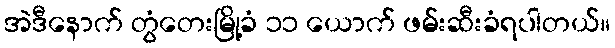
အဲဒီနောက် တွံတေးမြို့ခံ ၁၁ ယောက် ဖမ်းဆီးခံရပါတယ်။